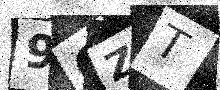
Text: 90ZT